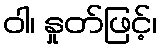
ဝါ၊ နှုတ်ဖြင့်၊